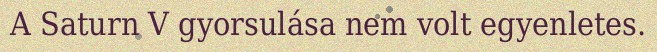
A Saturn V gyorsulása nem volt egyenletes.